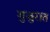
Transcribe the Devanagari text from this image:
गुजुरात